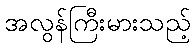
အလွန်ကြီးမားသည့်